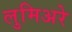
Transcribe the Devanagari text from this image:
लुमिअरे